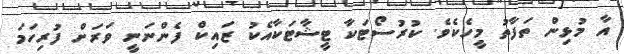
އާ މުޅިން ތަފާތު މީހެކެވެ. ކުރުސޯޓަކާ ޓީޝާޓަކާއެކު ޒައިކް ފެންނަނީ ވަރަށް ފުރިހަމަ